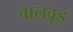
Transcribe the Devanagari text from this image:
वालवूड